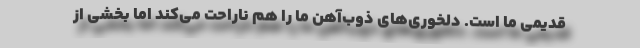
قدیمی ما است. دلخوری‌های ذوب‌آهن ما را هم ناراحت می‌کند اما بخشی از